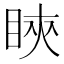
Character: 鿃